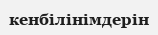
кенбілінімдерін